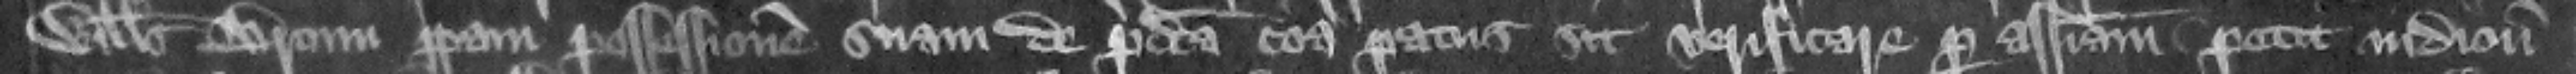
Willelmus Broun propriam possessionem suam de predicta communa paratus sit verificare per assisam petit iudicium